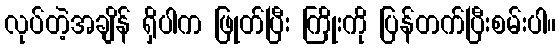
လုပ်တဲ့အချိန် ရှိပါက ဖြုတ်ပြီး ကြိုးကို ပြန်တက်ပြီးစမ်းပါ။